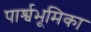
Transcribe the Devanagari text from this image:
पार्श्वभूमिका